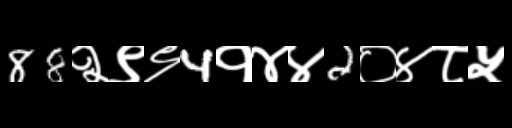
Text: 88२९९4१४४2०४८५